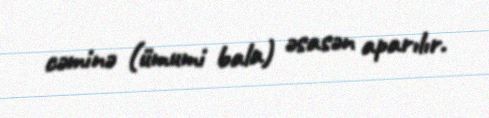
cəminə (ümumi bala) əsasən aparılır.